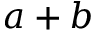
a + b